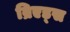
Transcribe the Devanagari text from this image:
ब्रिएड्स